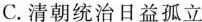
C.清朝统治日益孤立